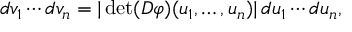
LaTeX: d v _ { 1 } \cdots d v _ { n } = | \operatorname* { d e t } ( D \varphi ) ( u _ { 1 } , \ldots , u _ { n } ) | \, d u _ { 1 } \cdots d u _ { n } ,